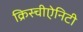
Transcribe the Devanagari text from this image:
क्रिस्चीऐनिटी